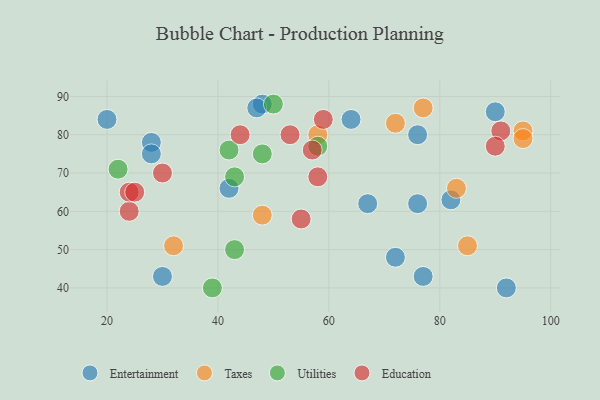
{"axis": {"x": "GDP", "y": "Life Expectancy"}, "legend": ["Education", "Entertainment", "Taxes", "Utilities"], "data": [{"x": "67", "y": 62, "type": "Entertainment"}, {"x": "30", "y": 43, "type": "Entertainment"}, {"x": "92", "y": 40, "type": "Entertainment"}, {"x": "82", "y": 63, "type": "Entertainment"}, {"x": "28", "y": 78, "type": "Entertainment"}, {"x": "76", "y": 62, "type": "Entertainment"}, {"x": "20", "y": 84, "type": "Entertainment"}, {"x": "90", "y": 86, "type": "Entertainment"}, {"x": "48", "y": 88, "type": "Entertainment"}, {"x": "28", "y": 75, "type": "Entertainment"}, {"x": "42", "y": 66, "type": "Entertainment"}, {"x": "77", "y": 43, "type": "Entertainment"}, {"x": "72", "y": 48, "type": "Entertainment"}, {"x": "47", "y": 87, "type": "Entertainment"}, {"x": "76", "y": 80, "type": "Entertainment"}, {"x": "64", "y": 84, "type": "Entertainment"}, {"x": "85", "y": 51, "type": "Taxes"}, {"x": "95", "y": 81, "type": "Taxes"}, {"x": "83", "y": 66, "type": "Taxes"}, {"x": "72", "y": 83, "type": "Taxes"}, {"x": "32", "y": 51, "type": "Taxes"}, {"x": "77", "y": 87, "type": "Taxes"}, {"x": "95", "y": 79, "type": "Taxes"}, {"x": "48", "y": 59, "type": "Taxes"}, {"x": "58", "y": 80, "type": "Taxes"}, {"x": "43", "y": 50, "type": "Utilities"}, {"x": "43", "y": 69, "type": "Utilities"}, {"x": "48", "y": 75, "type": "Utilities"}, {"x": "42", "y": 76, "type": "Utilities"}, {"x": "22", "y": 71, "type": "Utilities"}, {"x": "50", "y": 88, "type": "Utilities"}, {"x": "58", "y": 77, "type": "Utilities"}, {"x": "39", "y": 40, "type": "Utilities"}, {"x": "58", "y": 69, "type": "Education"}, {"x": "57", "y": 76, "type": "Education"}, {"x": "24", "y": 60, "type": "Education"}, {"x": "59", "y": 84, "type": "Education"}, {"x": "91", "y": 81, "type": "Education"}, {"x": "55", "y": 58, "type": "Education"}, {"x": "53", "y": 80, "type": "Education"}, {"x": "24", "y": 65, "type": "Education"}, {"x": "44", "y": 80, "type": "Education"}, {"x": "90", "y": 77, "type": "Education"}, {"x": "30", "y": 70, "type": "Education"}, {"x": "25", "y": 65, "type": "Education"}]}